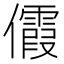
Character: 𪝺